Civil Veterinary Department Bihar & Orissa reports 1929-36 - 1929-1936
Year: 1929
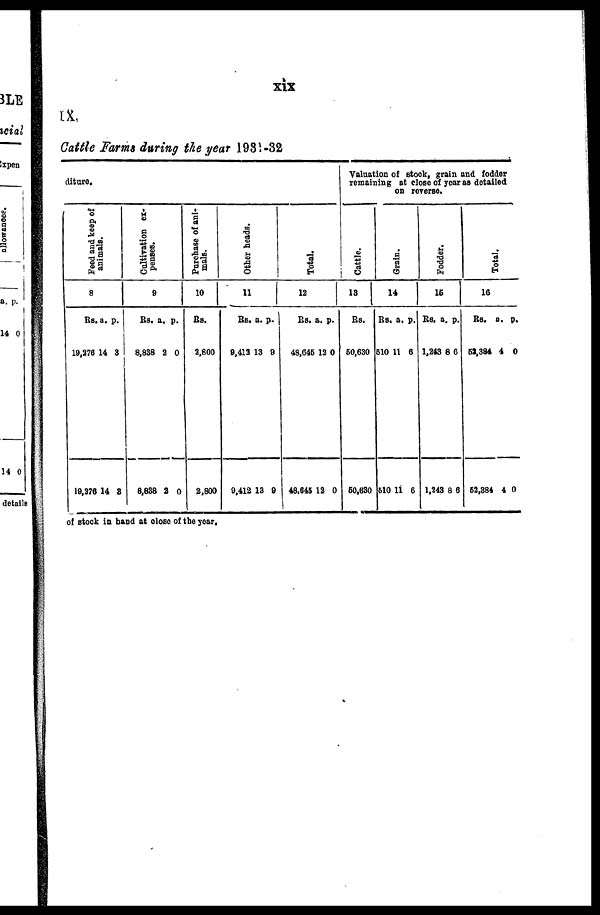
xix
IX.
Cattle Farms during the year 1931-32
diture.
Feed and keep of
animals.
8
Rs.
19,276
19,276
a.
14
14
p.
3
8
Cultivation ex-
penses.
9
Rs.
8,838
8,838
a.
2
2
p.
0
0
Purchase of ani-
mals.
10
Rs.
3,600
2,800
Other heads.
11
Rs.
9,413
9,412
a.
13
13
p.
9
9
Total.
12
Rs.
48,645
I 48,645
a.
12
12
p.
0
0
Valuation of stock, grain and fodder
remaining at close of year as detailed
on reverse.
Cattle.
13
Rs.
60,630
60,630
Grain.
14
Rs.
610
610
a.
11
11
p.
6
6
Fodder.
15
Rs.
1,243
1,243
a.
8
8
p.
6
6
Total.
16
Rs.
52,384
52,384
a.
4
4
p.
0
0
of stock in band at close of the year.